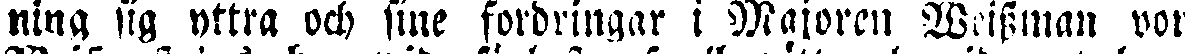
ning sig yttra och sine fordringar i Majoren Brissman von